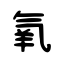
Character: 氧